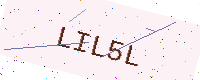
Text: LIL5L